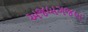
અજબગજબ